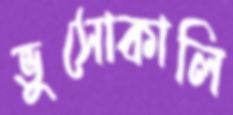
ভুসোকালি